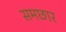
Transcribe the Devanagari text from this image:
समछार